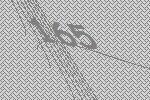
165